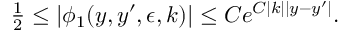
\begin{array} { r } { \frac 1 2 \leq | \phi _ { 1 } ( y , y ^ { \prime } , \epsilon , k ) | \le C e ^ { C | k | | y - y ^ { \prime } | } . } \end{array}